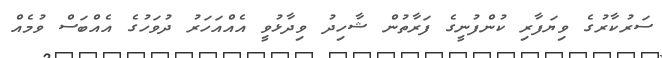
ސަރުކާރުގެ ވިޔަފާރި ކުންފުނީގެ ފަރާތުން ޝާހިދު ވިދާޅުވީ އެއްއަހަރު ދުވަހުގެ އެއްބަސް ވުމެއް